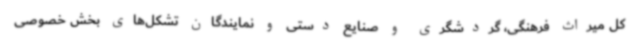
کل میراث فرهنگی، گردشگری و صنایع دستی و نمایندگان تشکل‌های بخش خصوصی